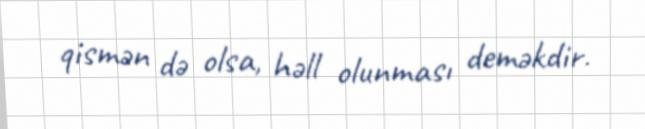
qismən də olsa, həll olunması deməkdir.